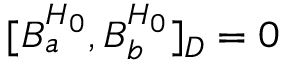
[ { \cal B } _ { a } ^ { H _ { 0 } } , { \cal B } _ { b } ^ { H _ { 0 } } ] _ { D } = 0